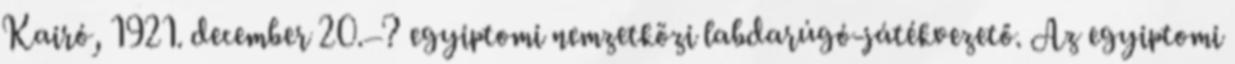
Kairó, 1921. december 20.–? egyiptomi nemzetközi labdarúgó-játékvezető. Az egyiptomi